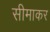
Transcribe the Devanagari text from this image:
सीमाकर